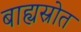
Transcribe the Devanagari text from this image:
बाह्यस्रोत